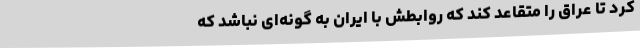
کرد تا عراق را متقاعد کند که روابطش با ایران به گونه‌ای نباشد که